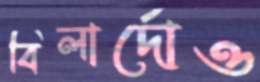
বিলার্দোও